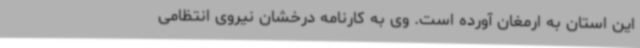
این استان به ارمغان آورده است. وی به کارنامه درخشان نیروی انتظامی